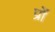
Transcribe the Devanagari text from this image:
प्रों